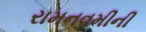
રામનવમીની